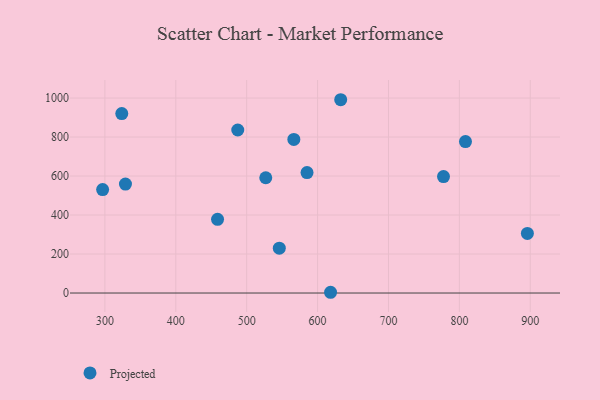
{"axis": {"x": "Speed", "y": "Exam Score"}, "legend": ["Projected"], "data": [{"x": "895.9", "y": 305.5, "type": "Projected"}, {"x": "487.4", "y": 836.0, "type": "Projected"}, {"x": "585.1", "y": 617.9, "type": "Projected"}, {"x": "526.9", "y": 591.3, "type": "Projected"}, {"x": "566.5", "y": 787.7, "type": "Projected"}, {"x": "329.0", "y": 558.6, "type": "Projected"}, {"x": "632.6", "y": 991.4, "type": "Projected"}, {"x": "618.3", "y": 3.8, "type": "Projected"}, {"x": "296.8", "y": 530.5, "type": "Projected"}, {"x": "808.6", "y": 776.7, "type": "Projected"}, {"x": "323.8", "y": 920.6, "type": "Projected"}, {"x": "777.6", "y": 597.4, "type": "Projected"}, {"x": "458.9", "y": 377.9, "type": "Projected"}, {"x": "546.0", "y": 229.9, "type": "Projected"}]}